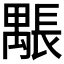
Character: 𨲖